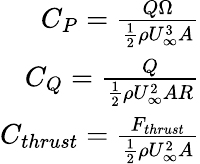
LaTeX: \begin{array}{r}{C_{P}=\frac{Q\Omega}{\frac{1}{2}\rho U_{\infty}^{3}A}}\\ {C_{Q}=\frac{Q}{\frac{1}{2}\rho U_{\infty}^{2}AR}}\\ {C_{thrust}=\frac{F_{thrust}}{\frac{1}{2}\rho U_{\infty}^{2}A}}\end{array}